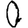
Digit: 0